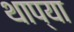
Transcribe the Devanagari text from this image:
थाप्या